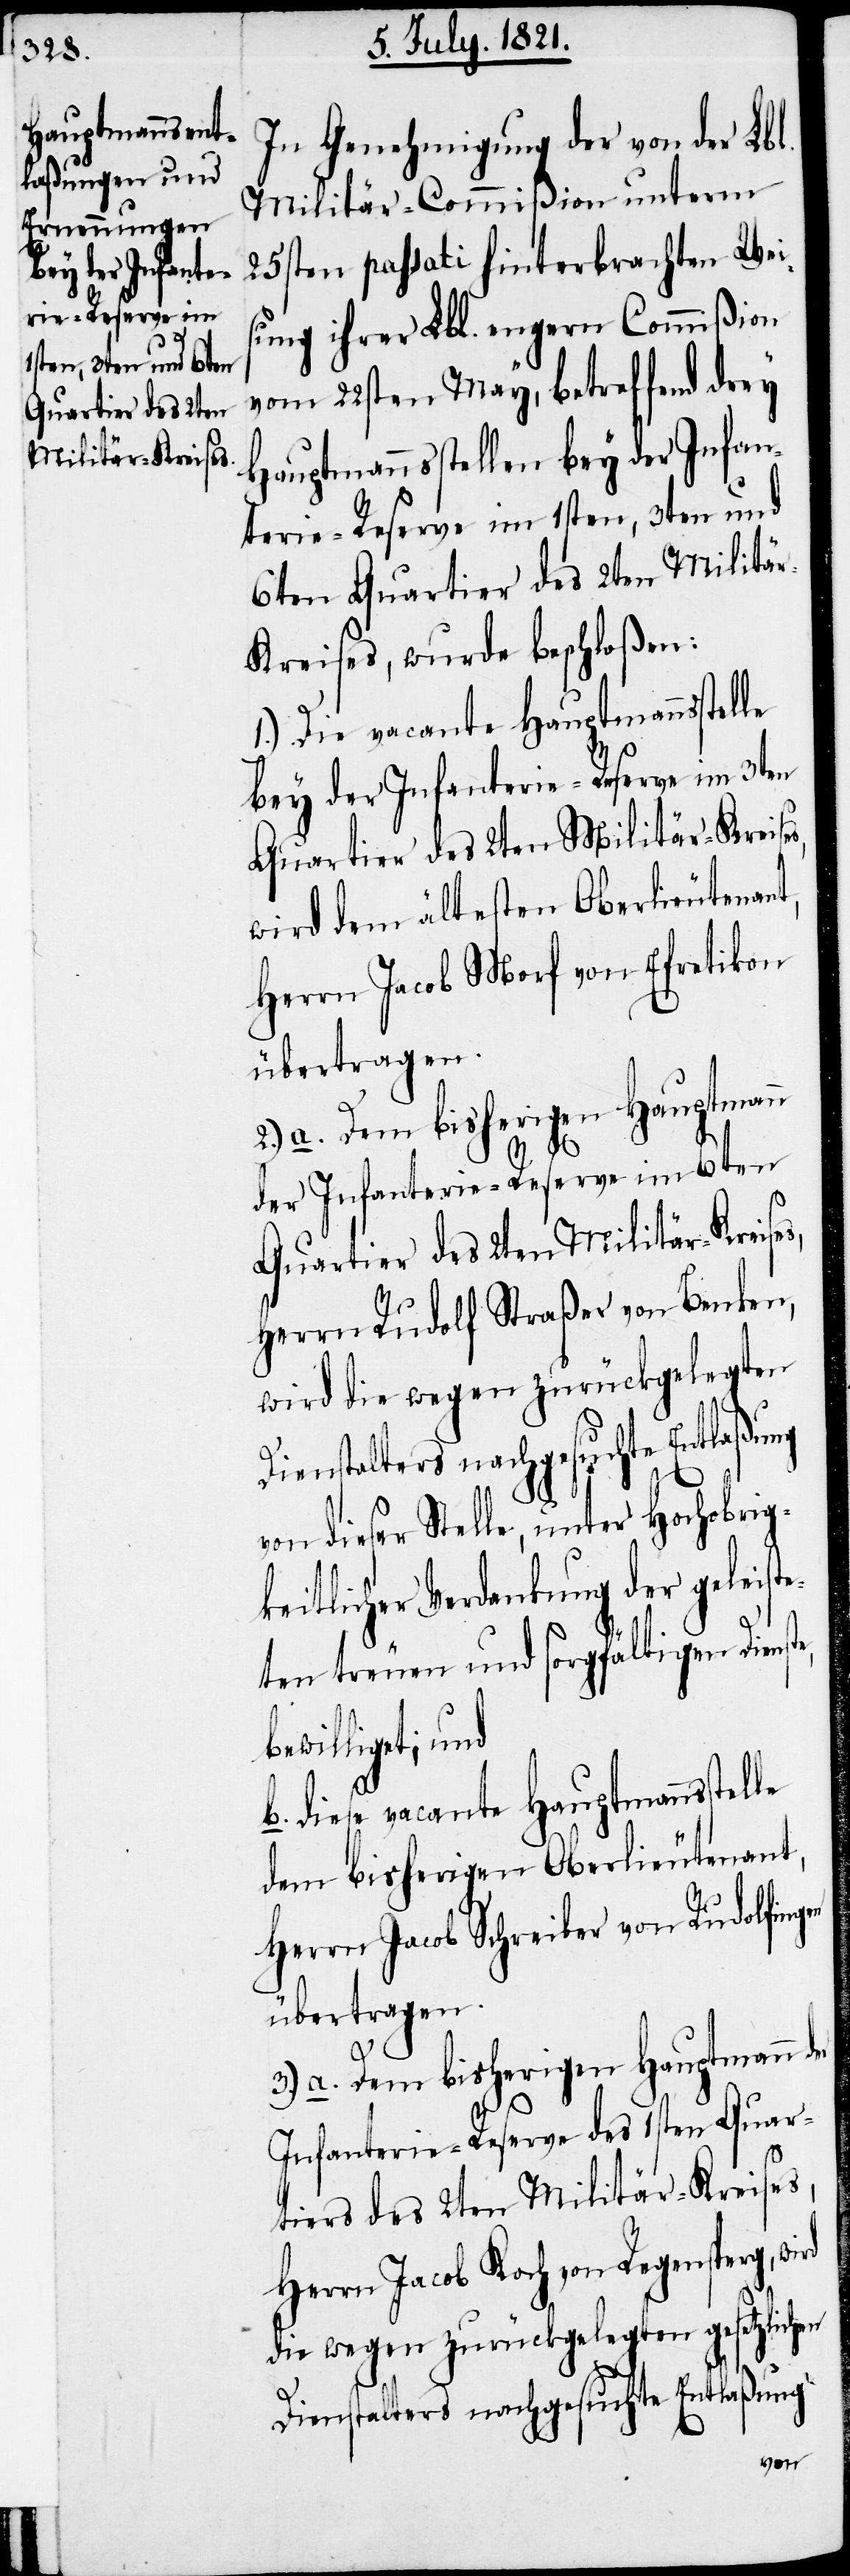
In Genehmigung der von der Lbl.
Militär-Commißion unterm
25sten passati hinterbrachten Wei¬
sung ihrer Lbl. engern Commißion
vom 22sten May, betreffend drey
Hauptmannsstellen bey der Infan¬
terie-Reserve im 1sten, 3ten und
6ten Quartier des 2ten Militä¬
r-Kreises, wurde beschloßen:
1.) Die vacante Hauptmannsstelle
bey der Infanterie-Reserve im 3ten
Quartier des 2ten Militär-Kreises,
wird dem ältesten Oberlieutenant,
Herrn Jacob Morf von Efretikon
übertragen.
3.) a. Dem bisherigen Hauptmann
der Infanterie-Reserve im 6ten
Quartier des 2ten Militär-Kreises,
Herrn Rudolf Straßer von Benken,
wird die wegen zurückgelegten
Dienstalters nachgesuchte Entlaßung
von dieser Stelle, unter Hochobrig¬
keitlicher Verdankung der geleiste¬
ten treuen und sorgfältigen Diens¬
bewilligt; und
b. diese vacante Hauptmannsste¬
dem bisherigen Oberlieutenant,
Herrn Jacob Schreiber von Rudolfing¬
en
Infanterie-Reserve des 1sten Quar¬
tiers des 2ten Militär-Kreises,
Herrn Jacob Koch von Regensperg,
die wegen zurückgelegten gesetzlichen
Dienstalters nachgesuchte Entlaßung